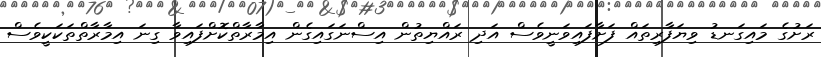
ރަށުގެ މައިގަނޑު ވިޔަފާރިތައް ފަށާފައިވަނީވެސް އަދި ރައްޔިތުން އިސްނަގައިގެން އިމާރާތްކޮށްފައިވާ ގިނަ އިމާރާތްތަކަކީވެސް